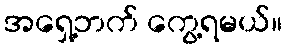
အရှေ့ဘက် ကွေ့ရမယ်။